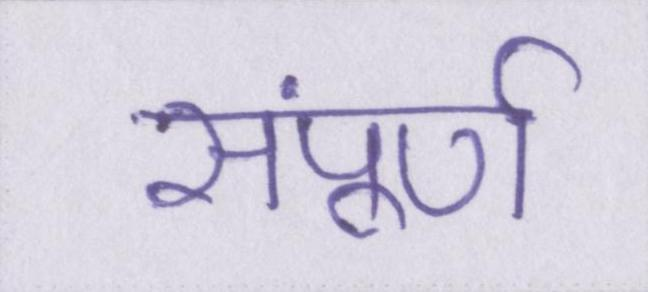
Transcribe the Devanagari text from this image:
संपूर्ण